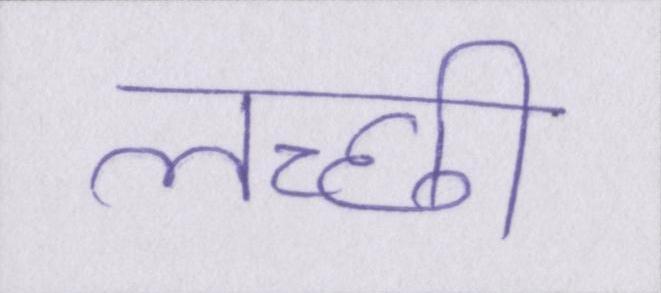
लच्छी